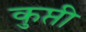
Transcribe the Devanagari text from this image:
कुप्ती